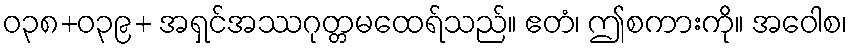
ဝ၃၈+ဝ၃၉+ အရှင်အဿဂုတ္တမထေရ်သည်။ ဧတံ၊ ဤစကားကို။ အဝေါစ၊